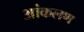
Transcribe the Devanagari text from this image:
आंकलण